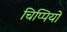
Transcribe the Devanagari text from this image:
चिप्पियों